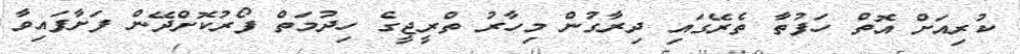
ކުރިއަށް އޮތް ހަފުތާ ތެރޭގައި ދިރާގުން މިހާރު ތްރީޖީގެ ހިދުމަތް ފޯރުކޮށްދޭން ފަށާފައިވާ